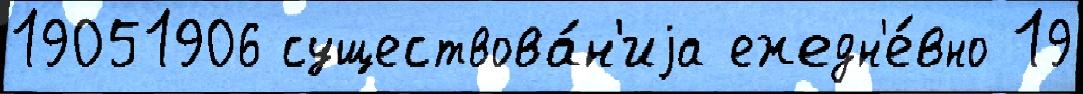
19051906 существова́н'иjа ежедн'е́вно 19